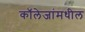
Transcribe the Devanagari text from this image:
कॉलेजांमधील